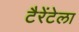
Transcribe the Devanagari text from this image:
टैरेंटेला